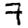
Digit: 7